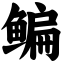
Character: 鳊